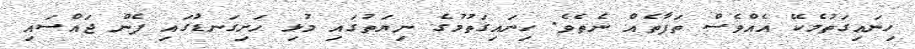
ހިނައިގަތުމެކޭ އެއްވެސް ތަފާތެއް ނެތެވެ. ހިނައިގަތުމުގެ ނިޔަތުގައި މުޅި ހަށިގަނޑުގައި ފެން ޖައްސައި